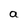
Character: a